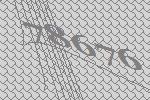
78676